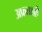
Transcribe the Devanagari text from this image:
अफ्रताफ़्री